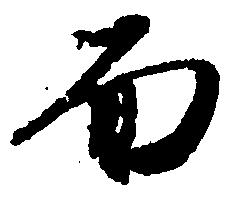
面